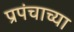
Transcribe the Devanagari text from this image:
प्रपंचाच्या